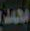
محمد